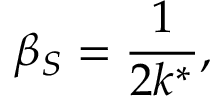
\beta _ { S } = \frac { 1 } { 2 k ^ { * } } ,